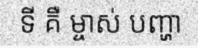
ទី គឺ ម្ចាស់ បញ្ហា